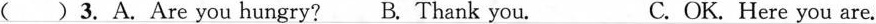
( )3.A.Are you hungry? B. Thank you. C.OK. Here you are.